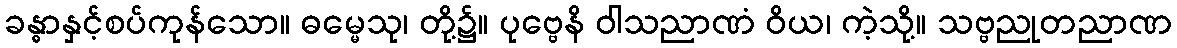
ခန္ဓာနှင့်စပ်ကုန်သော။ ဓမ္မေသု၊ တို့၌။ ပုဗ္ဗေနိ ဝါသညာဏံ ဝိယ၊ ကဲ့သို့။ သဗ္ဗညုတညာဏ